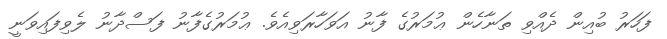
ފަހަރު ބުއިން ދެއްވި ތަނާހެން ޢުމަރުގެ ފާނު އަވަހާރަވިއެވެ. ޢުމަރުގެފާނު ފަސްދާނު ލެވިފައިވަނީ